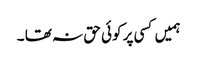
ہمیں کسی پر کوئی حق نہ تھا ۔